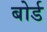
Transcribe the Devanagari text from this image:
बोर्ड